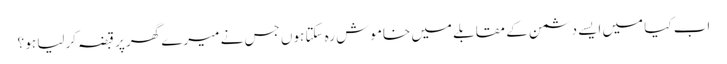
اب کیا میں ایسے دشمن کے مقابلے میں خاموش رہ سکتا ہوں جس نے میرے گھر پر قبضہ کرلیا ہو ؟